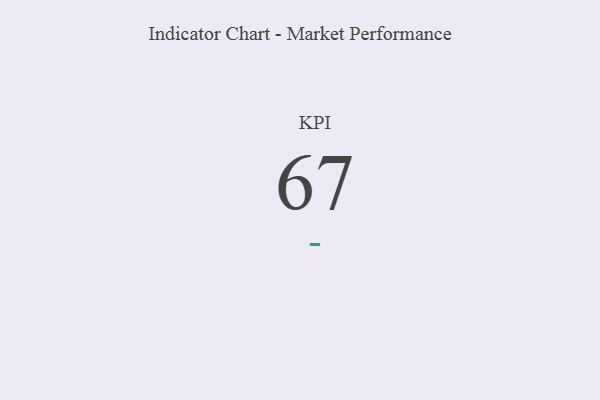
{"axis": {"x": "KPI", "y": "Value"}, "legend": [""], "data": [{"x": "KPI", "y": 67, "type": ""}]}